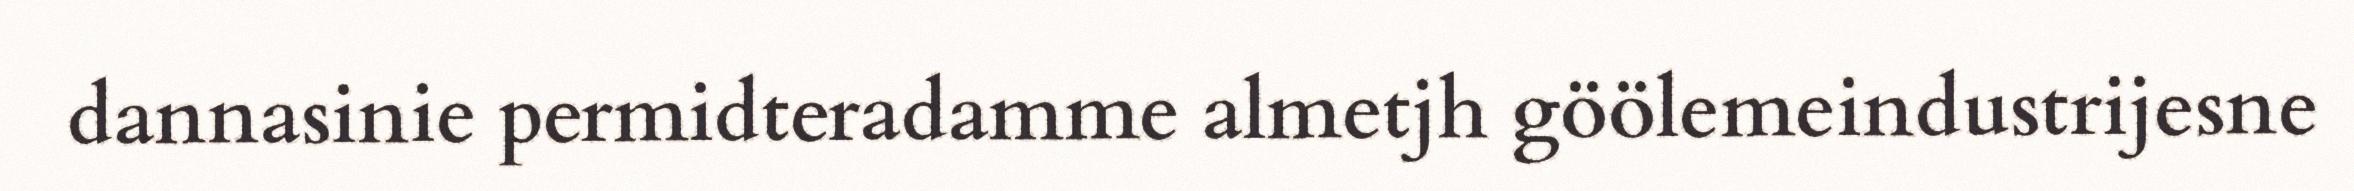
dannasinie permidteradamme almetjh göölemeindustrijesne